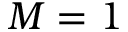
M = 1